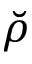
\breve { \rho }